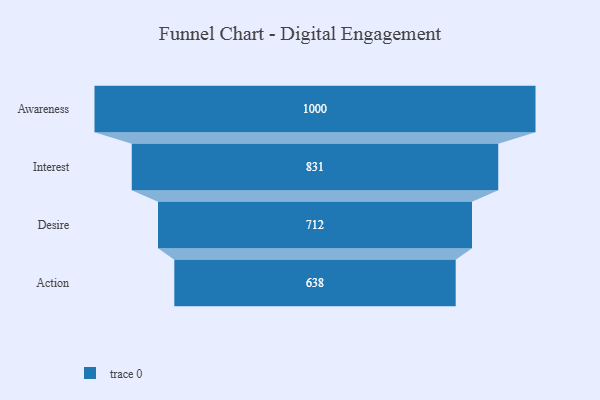
{"axis": {"x": "Stage", "y": "Value"}, "legend": [""], "data": [{"x": "Awareness", "y": 1000.0, "type": ""}, {"x": "Interest", "y": 831.0, "type": ""}, {"x": "Desire", "y": 712.0, "type": ""}, {"x": "Action", "y": 638.0, "type": ""}]}